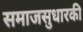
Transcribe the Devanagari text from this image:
समाजसुधारकी